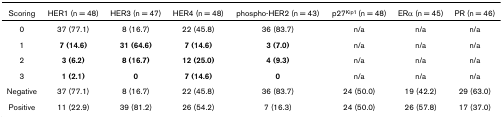
<table><thead><tr><td><b>Scoring</b></td><td><b>HER1 (n = 48)</b></td><td><b>HER3 (n = 47)</b></td><td><b>HER4 (n = 48)</b></td><td><b>phospho-HER2 (n = 43)</b></td><td><b>p27<sup>Kip1 </sup>(n = 48)</b></td><td><b>ERα (n = 45)</b></td><td><b>PR (n = 46)</b></td></tr></thead><tbody><tr><td>0</td><td>37 (77.1)</td><td>8 (16.7)</td><td>22 (45.8)</td><td>36 (83.7)</td><td>n/a</td><td>n/a</td><td>n/a</td></tr><tr><td>1</td><td><b>7 (14.6)</b></td><td><b>31 (64.6)</b></td><td><b>7 (14.6)</b></td><td><b>3 (7.0)</b></td><td>n/a</td><td>n/a</td><td>n/a</td></tr><tr><td>2</td><td><b>3 (6.2)</b></td><td><b>8 (16.7)</b></td><td><b>12 (25.0)</b></td><td><b>4 (9.3)</b></td><td>n/a</td><td>n/a</td><td>n/a</td></tr><tr><td>3</td><td><b>1 (2.1)</b></td><td><b>0</b></td><td><b>7 (14.6)</b></td><td><b>0</b></td><td>n/a</td><td>n/a</td><td>n/a</td></tr><tr><td>Negative</td><td>37 (77.1)</td><td>8 (16.7)</td><td>22 (45.8)</td><td>36 (83.7)</td><td>24 (50.0)</td><td>19 (42.2)</td><td>29 (63.0)</td></tr><tr><td>Positive</td><td>11 (22.9)</td><td>39 (81.2)</td><td>26 (54.2)</td><td>7 (16.3)</td><td>24 (50.0)</td><td>26 (57.8)</td><td>17 (37.0)</td></tr></tbody></table>